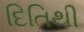
દિતિથી